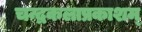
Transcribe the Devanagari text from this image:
चन्द्रकलाप्रकाशम्